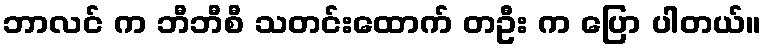
ဘာလင် က ဘီဘီစီ သတင်းထောက် တဦး က ပြော ပါတယ်။